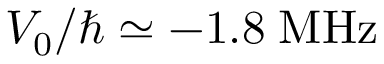
V _ { 0 } / \hbar \simeq - 1 . 8 \; \mathrm { M H z }